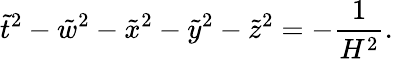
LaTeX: \tilde{t}^{2}-\tilde{w}^{2}-\tilde{x}^{2}-\tilde{y}^{2}-\tilde{z}^{2}=-\frac{1}{H^{2}}.